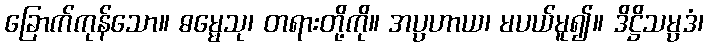
ခြောက်ကုန်သော။ ဓမ္မေသု၊ တရားတို့ကို။ အပ္ပဟာယ၊ မပယ်မူ၍။ ဒိဋ္ဌိသမ္ပဒံ၊